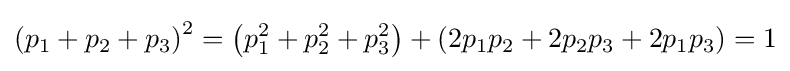
\left(p_{1}+p_{2}+p_{3}\right)^{2}=\left(p_{1}^{2}+p_{2}^{2}+p_{3}^{2}\right)+\left(2p_{1}p_{2}+2p_{2}p_{3}+2p_{1}p_{3}\right)=1